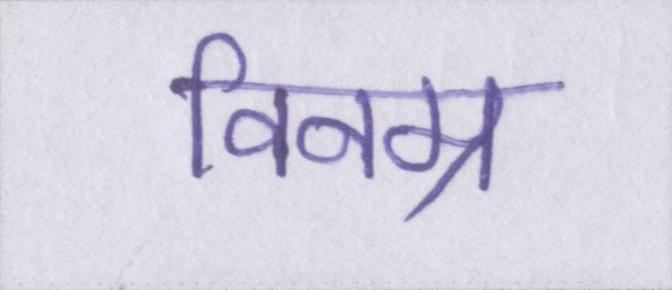
विनम्र